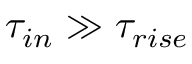
\tau _ { i n } \gg \tau _ { r i s e }